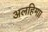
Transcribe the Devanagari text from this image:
अलहिमाा